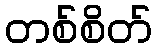
တစ်စိတ်